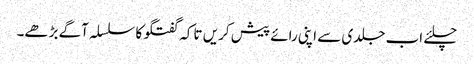
چلئے اب جلدی سے اپنی رائے پیش کریں تاکہ گفتگو کا سلسلہ آگے بڑھے۔